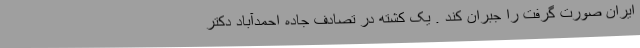
ایران صورت گرفت را جبران کند . یک کشته در تصادف جاده احمدآباد دکتر